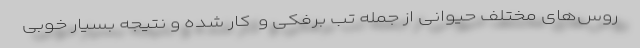
روس‌های مختلف حیوانی از جمله تب برفکی و ‌ کار شده و نتیجه‌ بسیار خوبی